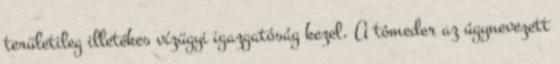
területileg illetékes vízügyi igazgatóság kezel. A tómeder az úgynevezett